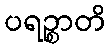
ပရဉ္စာတိ